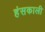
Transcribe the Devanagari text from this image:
हंसकाली